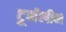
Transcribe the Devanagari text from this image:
टूर्मलीन